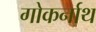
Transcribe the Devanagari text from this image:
गोकर्नाथ